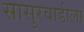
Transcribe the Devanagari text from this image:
सासुरवाडीला